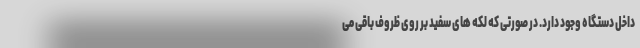
داخل دستگاه وجود دارد. در صورتی که لکه های سفید بر روی ظروف باقی می